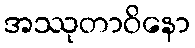
အဿုတာဝိနော